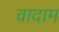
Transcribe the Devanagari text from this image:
वादाम